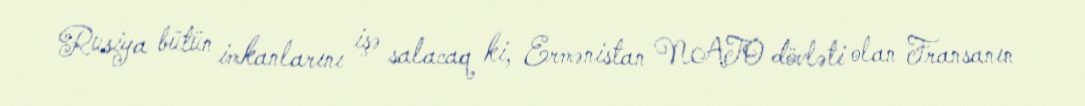
Rusiya bütün imkanlarını işə salacaq ki, Ermənistan NATO dövləti olan Fransanın